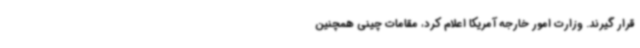
قرار گیرند. وزارت امور خارجه آمریکا اعلام کرد، مقامات چینی همچنین